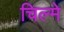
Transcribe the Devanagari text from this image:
चिल्मे